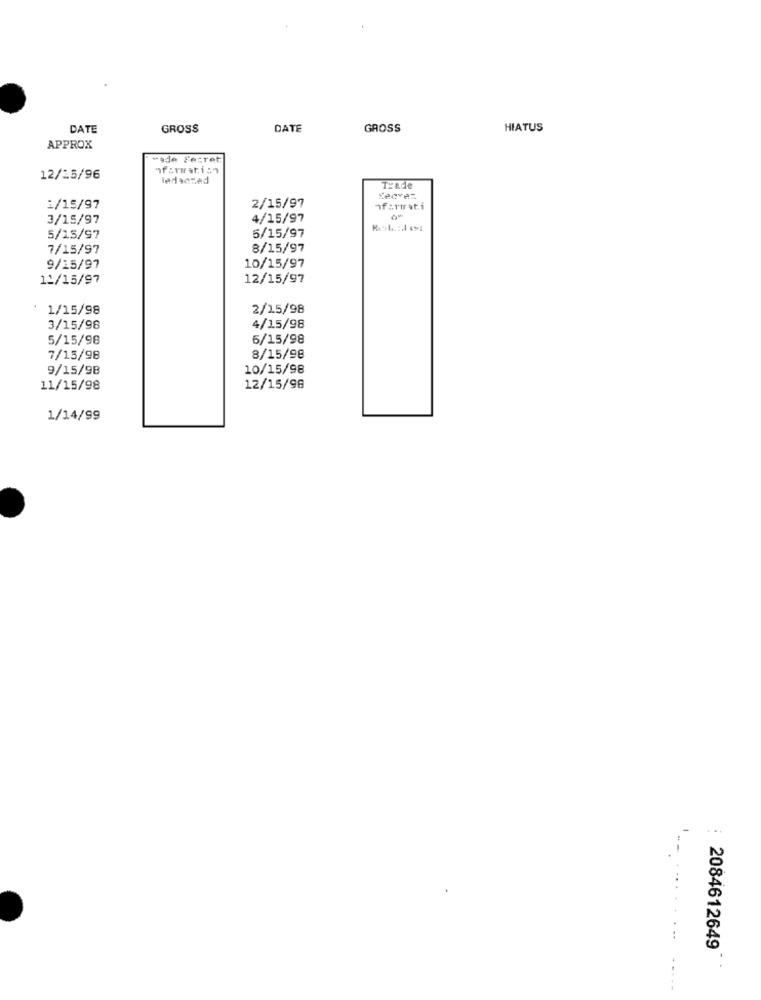
DATE
GROSS
DATE
GROSS
HIATUS
APPROX
"ade Fettet
"formation
12/25/96
ledsczad
Trade
Seavez
1/15/97
2/15/97
3/15/97
4/15/97
5/15/97
5/15/97
7/15/97
8/15/97
9/15/97
10/15/97
12/15/97
12/15/97
1/15/98
2/15/98
3/15/98
4/15/98
5/15/98
6/15/98
7/15/98
8/15/98
9/15/98
10/15/98
11/15/98
12/15/98
1/14/99
2084612649